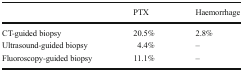
|  | PTX | Haemorrhage |
 | --- | --- | --- |
 | CT-guided biopsy | 20.5% | 2.8% |
 | Ultrasound-guided biopsy | 4.4% | – |
 | Fluoroscopy-guided biopsy | 11.1% | – |